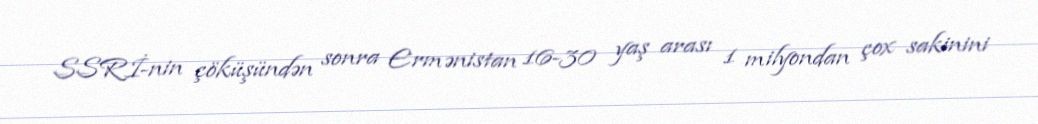
SSRİ-nin çöküşündən sonra Ermənistan 16-30 yaş arası 1 milyondan çox sakinini